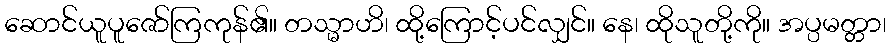
ဆောင်ယူပူဇော်ကြကုန်၏။ တသ္မာဟိ၊ ထို့ကြောင့်ပင်လျှင်။ နေ၊ ထိုသူတို့ကို။ အပ္ပမတ္တာ၊